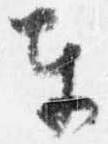
奉